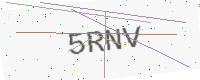
Text: 5RNV